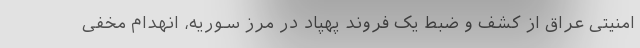
امنیتی عراق از کشف و ضبط یک فروند پهپاد در مرز سوریه، انهدام مخفی